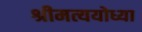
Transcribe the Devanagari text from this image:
श्रीमत्ययोध्या